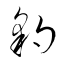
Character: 豹